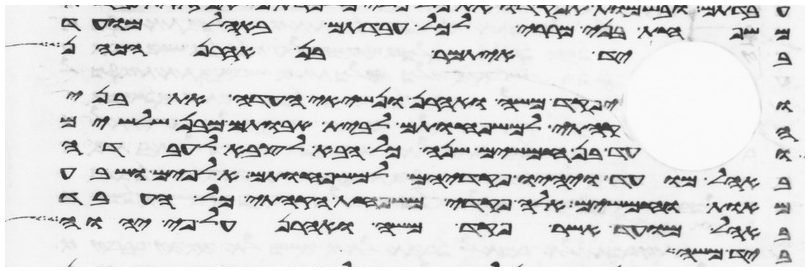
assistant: משפחת בני מררי לכל עבדתם באהל מועד
ביד איתמר בן אהרן הכהן
ויפקד משה ואהרן ונשיאי העדה את בני
הקהתי למשפחותם לבית אבותם מבן שלשים
ועד בן חמשים שנה כל הבא לצבא לעבדה
באהל מועד ויהיו פקדיהם למשפחותם אלפים ושבע
מאות וחמשים אלה פקדי משפחת הקהתי כל העבד
באהל מועד אשר פקד משה ואהרן על פי יהוה
ביד משה